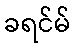
ခရင်မ်